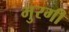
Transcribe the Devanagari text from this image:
भुरगी